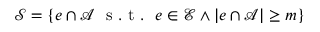
\mathcal { S } = \{ e \cap \mathcal { A } \ \mathrm { ~ s ~ . ~ t ~ . ~ } \ e \in \mathcal { E } \wedge | e \cap \mathcal { A } | \ge m \}